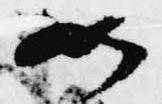
如